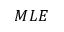
M L E